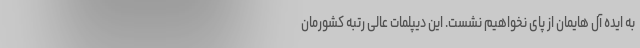
به ایده آل هایمان از پای نخواهیم نشست. این دیپلمات عالی رتبه کشورمان